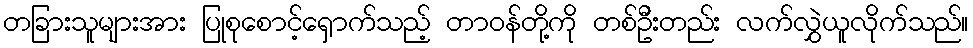
တခြားသူများအား ပြုစုစောင့်ရှောက်သည့် တာဝန်တို့ကို တစ်ဦးတည်း လက်လွှဲယူလိုက်သည်။